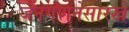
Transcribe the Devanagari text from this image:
जनगणनेसारखे